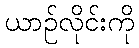
ယာဉ်လိုင်းကို